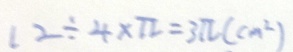
1 2 \div 4 \times \pi = 3 \pi ( c m ^ { 2 } )